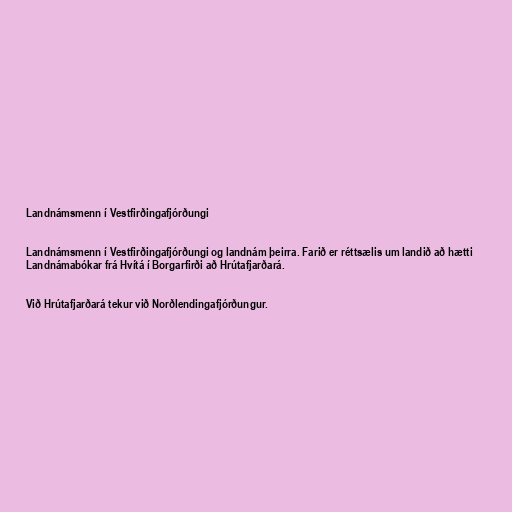
Landnámsmenn í Vestfirðingafjórðungi

Landnámsmenn í Vestfirðingafjórðungi og landnám þeirra. Farið er réttsælis um landið að hætti
Landnámabókar frá Hvítá í Borgarfirði að Hrútafjarðará.

Við Hrútafjarðará tekur við Norðlendingafjórðungur.